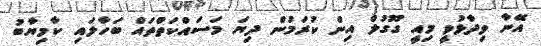
އޭނާ ވިދާޅުވީ މިއީ ގޫގުލް އިން ކުރަމުން ދިޔަ މަސައްކަތްތައް ބަހާލައި ކާމިޔާބު